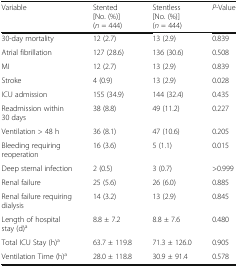
<table><thead><tr><td><b>Variable</b></td><td><b>Stented [No. (%)](<i>n</i> = 444)</b></td><td><b>Stentless [No. (%)](<i>n</i> = 444)</b></td><td><b><i>P</i>-Value</b></td></tr></thead><tbody><tr><td>30-day mortality</td><td>12 (2.7)</td><td>13 (2.9)</td><td>0.839</td></tr><tr><td>Atrial fibrillation</td><td>127 (28.6)</td><td>136 (30.6)</td><td>0.508</td></tr><tr><td>MI</td><td>12 (2.7)</td><td>13 (2.9)</td><td>0.839</td></tr><tr><td>Stroke</td><td>4 (0.9)</td><td>13 (2.9)</td><td>0.028</td></tr><tr><td>ICU admission</td><td>155 (34.9)</td><td>144 (32.4)</td><td>0.435</td></tr><tr><td>Readmission within 30 days</td><td>38 (8.8)</td><td>49 (11.2)</td><td>0.227</td></tr><tr><td>Ventilation &gt; 48 h</td><td>36 (8.1)</td><td>47 (10.6)</td><td>0.205</td></tr><tr><td>Bleeding requiring reoperation</td><td>16 (3.6)</td><td>5 (1.1)</td><td>0.015</td></tr><tr><td>Deep sternal infection</td><td>2 (0.5)</td><td>3 (0.7)</td><td>&gt;0.999</td></tr><tr><td>Renal failure</td><td>25 (5.6)</td><td>26 (6.0)</td><td>0.885</td></tr><tr><td>Renal failure requiring dialysis</td><td>14 (3.2)</td><td>13 (2.9)</td><td>0.845</td></tr><tr><td>Length of hospital stay (d)<sup>a</sup></td><td>8.8 ± 7.2</td><td>8.8 ± 7.6</td><td>0.480</td></tr><tr><td>Total ICU Stay (h)<sup>a</sup></td><td>63.7 ± 119.8</td><td>71.3 ± 126.0</td><td>0.905</td></tr><tr><td>Ventilation Time (h)<sup>a</sup></td><td>28.0 ± 118.8</td><td>30.9 ± 91.4</td><td>0.578</td></tr></tbody></table>